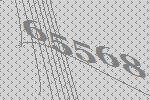
65568